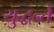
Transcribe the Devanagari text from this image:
युद्धन्ते